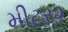
મીટર૨